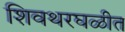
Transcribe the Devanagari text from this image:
शिवथरघळीत